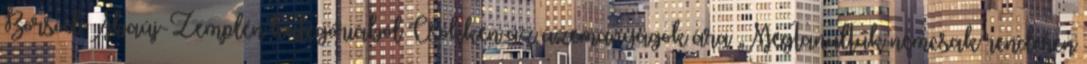
Borsod-Abaúj-Zemplén kategóriából Csökken az üzemanyagok ára „Megtanultuk nemcsak rendesen